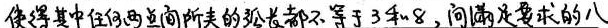
使得其中任何两点间所夹的弧长都不等于3和8,问满足要求的八